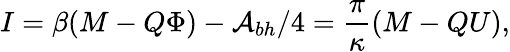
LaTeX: I=\beta(M-Q\Phi)-{\cal A}_{bh}/4=\frac{\pi}{\kappa}(M-QU),